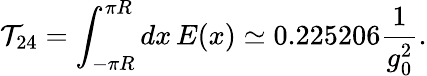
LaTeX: {\cal T}_{24}=\int_{-\pi R}^{\pi R}dx\, E(x)\simeq 0.225206\frac{1}{g_{0}^{2}}.